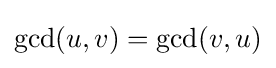
\gcd(u,v)=\gcd(v,u)